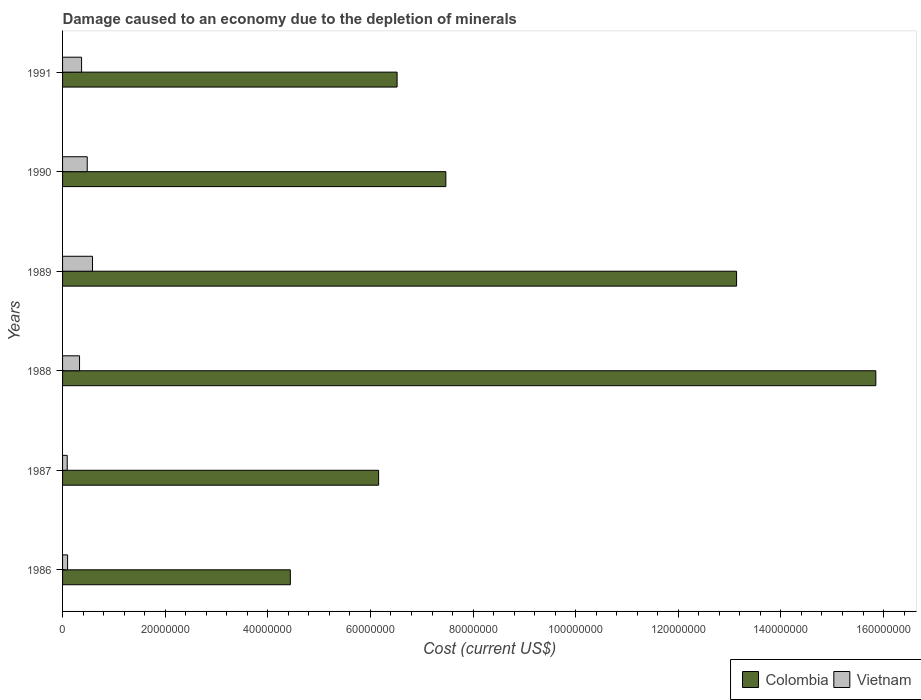
| Years | Colombia | Vietnam |
 | --- | --- | --- |
 | 1986 | 4.44e+07 | 9.79e+05 |
 | 1987 | 6.16e+07 | 9.07e+05 |
 | 1988 | 1.59e+08 | 3.31e+06 |
 | 1989 | 1.31e+08 | 5.84e+06 |
 | 1990 | 7.47e+07 | 4.81e+06 |
 | 1991 | 6.52e+07 | 3.71e+06 |